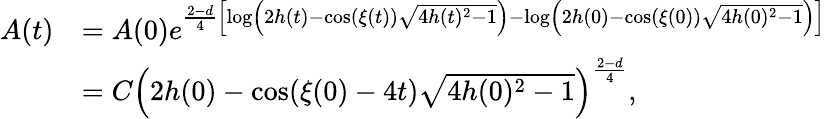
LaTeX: \begin{array}{rl}{A(t)}&{=A(0)e^{\frac{2-d}{4}\left[\log\left(2h(t)-\cos(\xi(t))\sqrt{4h(t)^{2}-1}\right)-\log\left(2h(0)-\cos(\xi(0))\sqrt{4h(0)^{2}-1}\right)\right]}}\\ &{=C\left(2h(0)-\cos(\xi(0)-4t)\sqrt{4h(0)^{2}-1}\right)^{\frac{2-d}{4}},}\end{array}